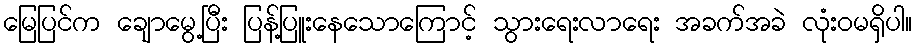
မြေပြင်က ချောမွေ့ပြီး ပြန့်ပြူးနေသောကြောင့် သွားရေးလာရေး အခက်အခဲ လုံးဝမရှိပါ။